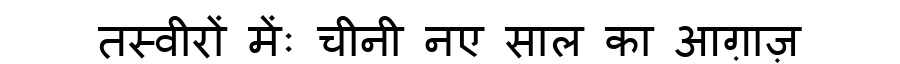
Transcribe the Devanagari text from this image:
तस्वीरों मेंः चीनी नए साल का आग़ाज़